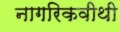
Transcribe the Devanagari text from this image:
नागरिकवीथी